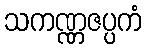
သကဏ္ဏဇပ္ပကံ